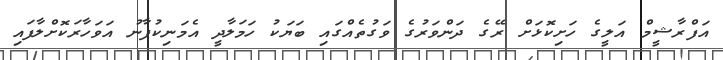
އަފްރާޝީމް އަލީގެ ހަށިކޮޅަށް ރޭގެ ދަންވަރުގެ ވަގުތެއްގައި ބަޔަކު ހަމަލާދީ އެމަނިކުފާނު އަވަހާރަކޮށްލާފައި